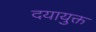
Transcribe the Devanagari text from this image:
दयायुक्त